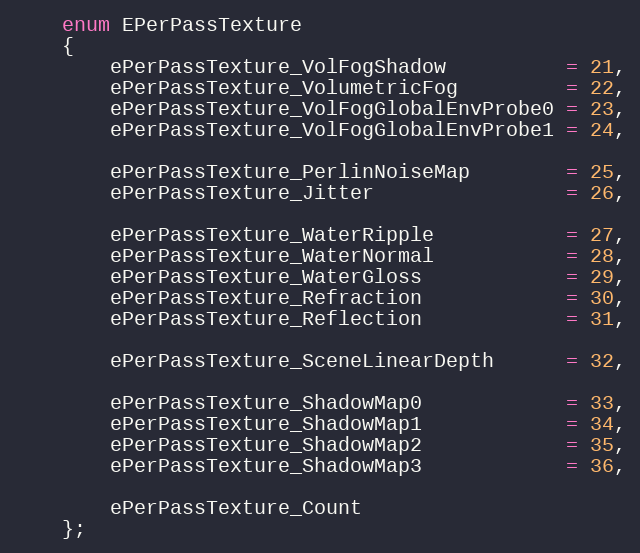
Language: C
	enum EPerPassTexture
	{
		ePerPassTexture_VolFogShadow          = 21,
		ePerPassTexture_VolumetricFog         = 22,
		ePerPassTexture_VolFogGlobalEnvProbe0 = 23,
		ePerPassTexture_VolFogGlobalEnvProbe1 = 24,

		ePerPassTexture_PerlinNoiseMap        = 25,
		ePerPassTexture_Jitter                = 26,

		ePerPassTexture_WaterRipple           = 27,
		ePerPassTexture_WaterNormal           = 28,
		ePerPassTexture_WaterGloss            = 29,
		ePerPassTexture_Refraction            = 30,
		ePerPassTexture_Reflection            = 31,

		ePerPassTexture_SceneLinearDepth      = 32,

		ePerPassTexture_ShadowMap0            = 33,
		ePerPassTexture_ShadowMap1            = 34,
		ePerPassTexture_ShadowMap2            = 35,
		ePerPassTexture_ShadowMap3            = 36,

		ePerPassTexture_Count
	};